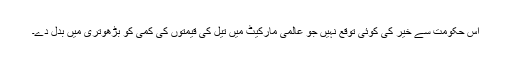
اس حکومت سے خیر کی کوئی توقع نہیں جو عالمی مارکیٹ میں تیل کی قیمتوں کی کمی کو بڑھوتری میں بدل دے۔